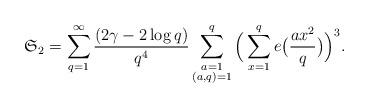
LaTeX: \begin{align*}\mathfrak{S}_2=\sum_{q=1}^\infty\frac{(2\gamma-2\log q)}{q^4}\sum_{\substack{a=1\\ (a,q)=1}}^q\Big(\sum_{x=1}^qe\big(\frac{ax^2}{q}\big)\Big)^3.\end{align*}